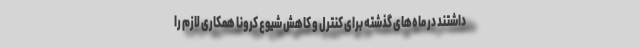
داشتند در ماه‌های گذشته برای کنترل و کاهش شیوع کرونا همکاری لازم را